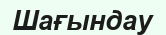
Шағындау